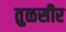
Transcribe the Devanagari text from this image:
तुळसीर